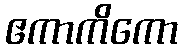
ဧကာကိကော